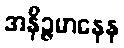
အနိဉ္ဇမာနေန